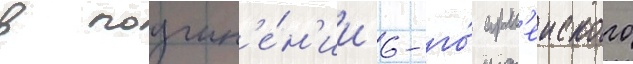
в подчин'е́н'ии 6-го́ арм'еиского